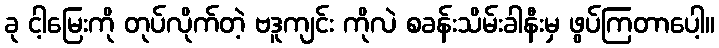
ခု ငါ့မြေးကို တုပ်လိုက်တဲ့ ဗဒူကျင်း ကိုလဲ စခန်းသိမ်းခါနီးမှ ဖွပ်ကြတာပေါ့။